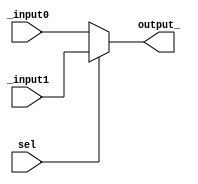
module mux32(_input0, _input1, sel, output_);
	input [31:0] _input0;		//Entrada 0 do Mux
	input [31:0] _input1;		//Entrada 1 do Mux
	input sel;					//Bit de seleo
	output reg[31:0] output_;
	always @ (*) begin
		if(sel)					//Atribuio da saida correspondente
			output_ = _input1;
		else output_ = _input0;
	end
endmodule